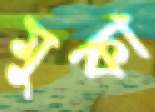
মুকা